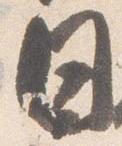
日